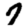
Digit: 7